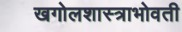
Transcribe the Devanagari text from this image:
खगोलशास्त्राभोवती